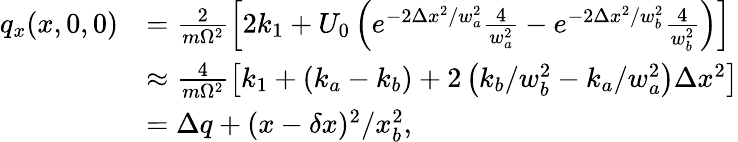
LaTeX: \begin{array}{rl}{q_{x}(x,0,0)}&{=\frac{2}{m\Omega^{2}}\left[2k_{1}+U_{0}\left(e^{-2\Delta x^{2}/w_{a}^{2}}\frac{4}{w_{a}^{2}}-e^{-2\Delta x^{2}/w_{b}^{2}}\frac{4}{w_{b}^{2}}\right)\right]}\\ &{\approx\frac{4}{m\Omega^{2}}\left[k_{1}+\left(k_{a}-k_{b}\right)+2\left(k_{b}/w_{b}^{2}-k_{a}/w_{a}^{2}\right)\Delta x^{2}\right]}\\ &{=\Delta q+(x-\delta x)^{2}/x_{b}^{2},}\end{array}